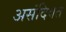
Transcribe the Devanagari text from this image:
असंदिवत